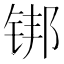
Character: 䦁